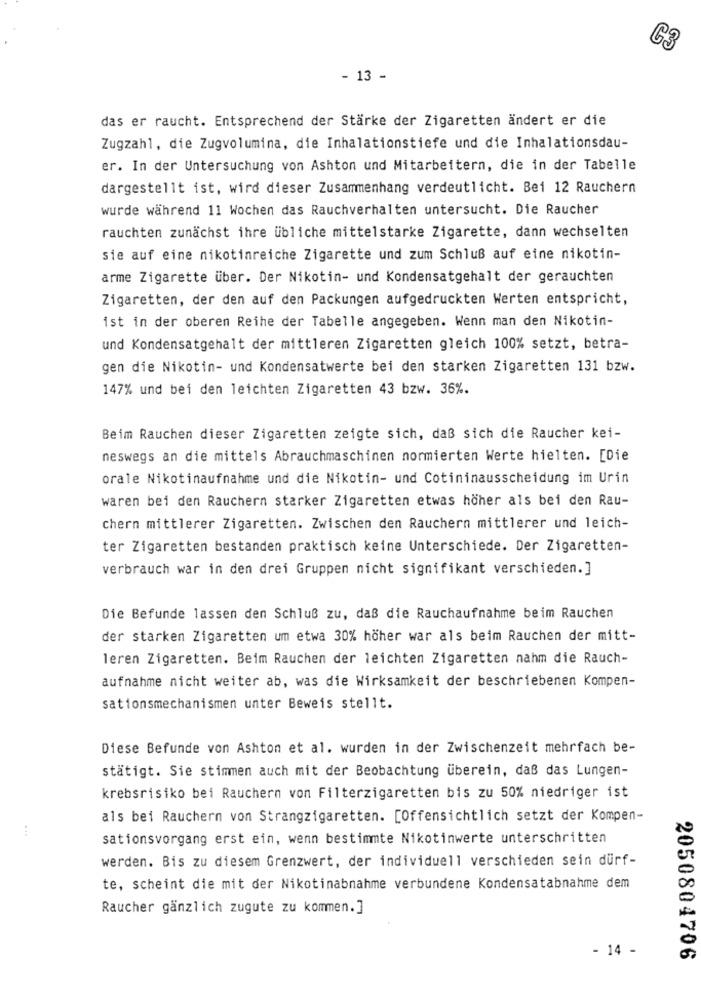
G3
- 13 -
das er raucht. Entsprechend der Stärke der Zigaretten ändert er die
Zugzahl, die Zugvolumina, die Inhalationstiefe und die Inhalationsdau-
er. In der Untersuchung von Ashton und Mitarbeitern, die in der Tabelle
dargestellt ist, wird dieser Zusammenhang verdeutlicht. Bei 12 Rauchern
wurde während 11 Wochen das Rauchverhalten untersucht. Die Raucher
rauchten zunächst ihre übliche mittelstarke Zigarette, dann wechselten
sie auf eine nikotinreiche Zigarette und zum Schluß auf eine nikotin-
arme Zigarette über. Der Nikotin- und Kondensatgehalt der gerauchten
Zigaretten, der den auf den Packungen aufgedruckten Werten entspricht,
ist in der oberen Reihe der Tabelle angegeben. Wenn man den Nikotin-
und Kondensatgehalt der mittleren Zigaretten gleich 100% setzt, betra-
gen die Nikotin- und Kondensatwerte bei den starken Zigaretten 131 bzw.
147% und bei den leichten Zigaretten 43 bzw. 36%.
Beim Rauchen dieser Zigaretten zeigte sich, daß sich die Raucher kei-
neswegs an die mittels Abrauchmaschinen normierten Werte hielten. [Die
orale Nikotinaufnahme und die Nikotin- und Cotininausscheidung im Urin
waren bei den Rauchern starker Zigaretten etwas höher als bei den Rau-
chern mittlerer Zigaretten. Zwischen den Rauchern mittlerer und leich-
ter Zigaretten bestanden praktisch keine Unterschiede. Der Zigaretten-
verbrauch war in den drei Gruppen nicht signifikant verschieden.]
Die Befunde lassen den Schluß zu, daß die Rauchaufnahme beim Rauchen
der starken Zigaretten um etwa 30% höher war als beim Rauchen der mitt-
leren Zigaretten. Beim Rauchen der leichten Zigaretten nahm die Rauch-
aufnahme nicht weiter ab, was die Wirksamkeit der beschriebenen Kompen-
sationsmechanismen unter Beweis stellt.
Diese Befunde von Ashton et al. wurden in der Zwischenzeit mehrfach be-
stätigt. Sie stimmen auch mit der Beobachtung überein, daß das Lungen-
krebsrisiko bei Rauchern von Filterzigaretten bis zu 50% niedriger ist
als bei Rauchern von Strangzigaretten. [Offensichtlich setzt der Kompen-
...
sationsvorgang erst ein, wenn bestimmte Nikotinwerte unterschritten
werden. Bis zu diesem Grenzwert, der individuell verschieden sein dürf-
te, scheint die mit der Nikotinabnahme verbundene Kondensatabnahme dem
Raucher gänzlich zugute zu kommen.]
- 14 -
2050804706